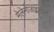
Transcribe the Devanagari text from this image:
मेलेनोजाइलान